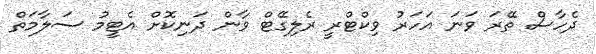
ދެހާސް ތޭރަ ވަނަ އަހަރު ވިކްޓްރީ ރެލިގޭޓް ވާން ދަނިކޮށް އެޓީމު ސަލާމަތް